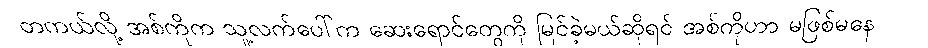
တကယ်လို့ အစ်ကိုက သူ့လက်ပေါ်က ဆေးရောင်တွေကို မြင်ခဲ့မယ်ဆိုရင် အစ်ကိုဟာ မဖြစ်မနေ